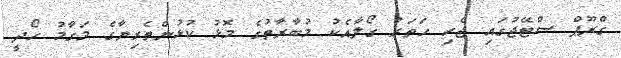
ގްރޫޕް ސްޓޭޖުގައި ޖެހި ހަތަރު ގޯލާއެކު މުބާރާތުގެ މޮޅު ކުޅުންތެރިޔާގެ މަގާމު ހޯދީ